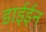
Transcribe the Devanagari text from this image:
डाईईन